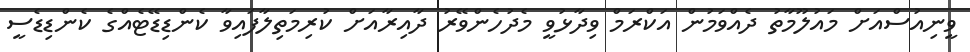
ވީނިއުސްއަށް މައުލޫމާތު ދެއްވަމުން އަކްރަމް ވިދާޅުވީ މެދުހެންވޭރު ދާއިރާއަށް ކުރިމަތިލާފައިވާ ކެންޑިޑޭޓެއްގެ ކެންޑިޑެސީ